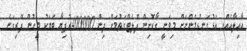
އާއިލާއެއް. އަޅުގަނޑުމެންނަށް މިވަނީ ގާކޮށިން ފްލެޓްގަތުމަށް ދިން 400000ރުފިޔާ ބަޔަކު މީހުން ފޭރިގަނެ